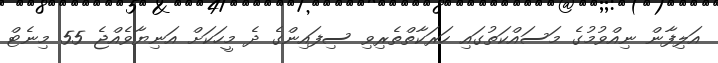
އަލިފާން ނިއްވުމުގެ މަސައްކަތުގައި ހަރަކާތްތެރިވި ސިފައިންގެ ދެ މީހަކަށް އަނިޔާވެއްޖެ 55 މިނެޓް